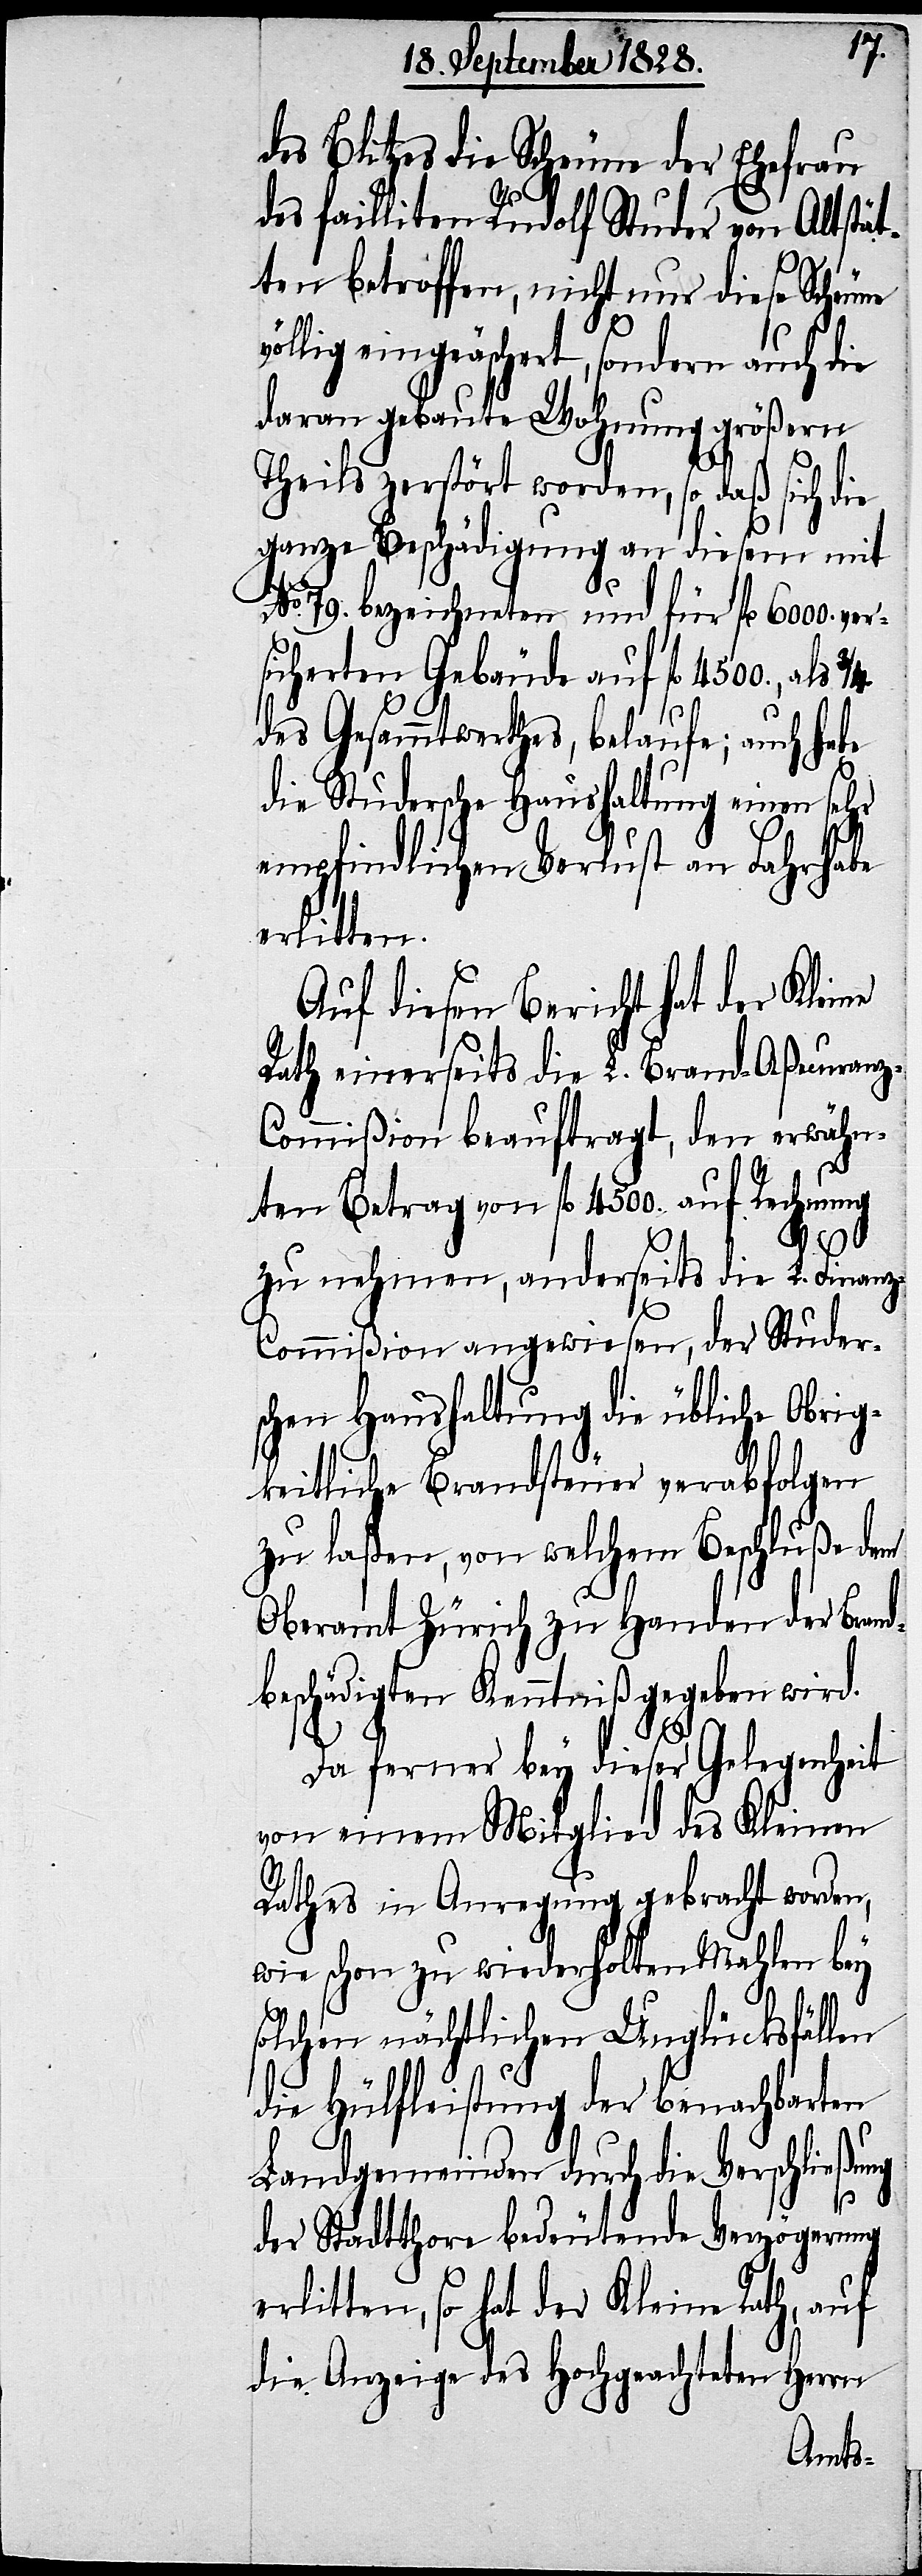
z-C¬
des Blitzes die Scheune der Ehefrau
des failliten Rudolf Studer von Altstät¬
ten betroffen, nicht nur diese Scheune
völlig eingeäschert, sondern auch die
daran gebaute Wohnung größern
Theils zerstört worden, so daß sich die
ganze Beschädigung an diesem mit
No. 79. bezeichneten und für fl. 6000. ver¬
sicherten Gebäude auf fl. 4500., a¬
ls 3/4
des Gesammtwerthes, belaufe; auch habe
die Studersche Haushaltung einen sehr
empfindlichen Verlust an Fahrhabe
erlitten.
Auf diesem Bericht hat der Kleine
Rath einerseits die L. Brand-Aßecuran¬
ommißion beauftragt, den erwähn¬
ten Betrag von fl. 4500. auf Rechnung
zu nehmen, anderseits die L. Finanz-C¬
ommißion angewiesen, der Studer¬
schen Haushaltung die übliche Obrig¬
keitliche Brandsteuer verabfolgen
zu laßen, von welchem Beschluße dem
Oberamt Zürich zu Handen der Br¬
beschädigten Kenntniß gegeben wird.
Da ferner bey dieser Gelegenheit
von einem Mitglied des Kleinen
Rathes in Anregung gebracht worden,
wie schon zu wiederholten Mahlen bey
solchen nächtlichen Unglücksfällen
die Hülfleistung der benachbarten
Landgemeinden durch die Verschließung
der Stadtthore bedeutende Verzögerung
erlitten, so hat der Kleine Rath, auf
die Anzeige des Hochgeachten Herrn
and¬